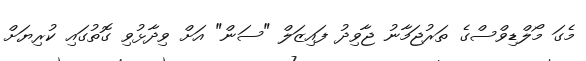
މެގަ މޯލްޑިވްސްގެ ތަރުޖަމާނު ޖާވިދު ފައިޒަލް "ސަން" އަށް ވިދާޅުވި ގޮތުގައި ކުރިޔަށް